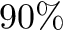
9 0 \%